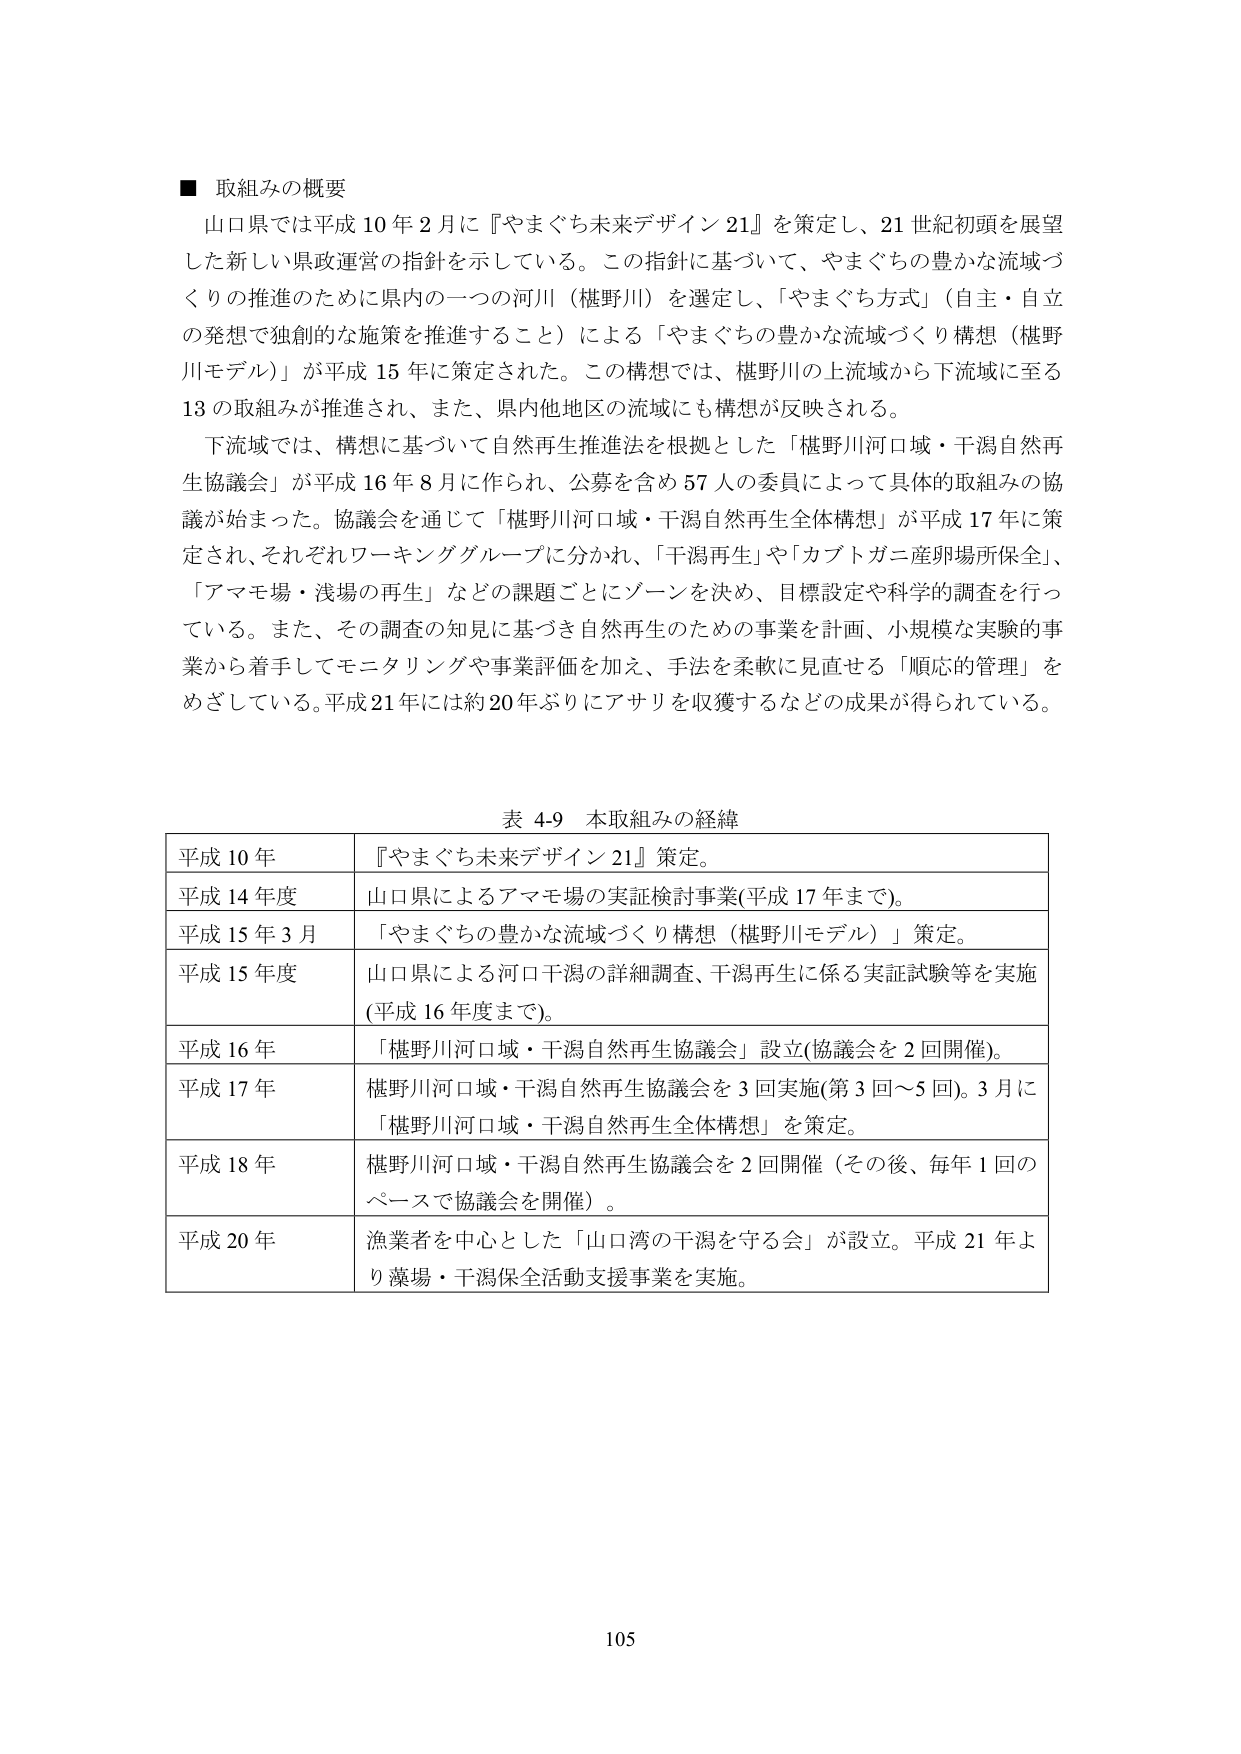
■ 取組みの概要
山口県では平成10年2月に『やまぐち未来デザイン21』を策定し、21世紀初頭を展望した新しい県政運営の指針を示している。この指針に基づいて、やまぐちの豊かな流域づくりの推進のために県内の一つの河川（椹野川）を選定し、「やまぐち方式」（自主・自立の発想で独創的な施策を推進すること）による「やまぐちの豊かな流域づくり構想（椹野川モデル）」が平成15年に策定された。この構想では、椹野川の上流域から下流域に至る13の取組みが推進され、また、県内他地区の流域にも構想が反映される。
下流域では、構想に基づいて自然再生推進法を根拠とした「椹野川河口域・干潟自然再生協議会」が平成16年8月に作られ、公募を含め57人の委員によって具体的取組みの協議が始まった。協議会を通じて「椹野川河口域・干潟自然再生全体構想」が平成17年に策定され、それぞれワーキンググループに分かれ、「干潟再生」や「カブトガニ産卵場所保全」、「アマモ場・浅場の再生」などの課題ごとにゾーンを決め、目標設定や科学的調査を行っている。また、その調査の知見に基づき自然再生のための事業を計画、小規模な実験的事業から着手してモニタリングや事業評価を加え、手法を柔軟に見直せる「順応的管理」をめざしている。平成21年には約20年ぶりにアサリを収獲するなどの成果が得られている。

表 4-9 本取組みの経緯
平成10年　『やまぐち未来デザイン21』策定。
平成14年度　山口県によるアマモ場の実証検討事業（平成17年まで）。
平成15年3月　「やまぐちの豊かな流域づくり構想（椹野川モデル）」策定。
平成15年度　山口県による河口干潟の詳細調査、干潟再生に係る実証試験等を実施（平成16年度まで）。
平成16年　「椹野川河口域・干潟自然再生協議会」設立（協議会を2回開催）。
平成17年　椹野川河口域・干潟自然再生協議会を3回実施（第3回～5回）。3月に「椹野川河口域・干潟自然再生全体構想」を策定。
平成18年　椹野川河口域・干潟自然再生協議会を2回開催（その後、毎年1回のペースで協議会を開催）。
平成20年　漁業者を中心とした「山口湾の干潟を守る会」が設立。平成21年より藻場・干潟保全活動支援事業を実施。

105